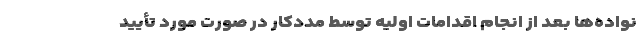
نواده‌ها بعد از انجام اقدامات اولیه توسط مددکار در صورت مورد تأیید